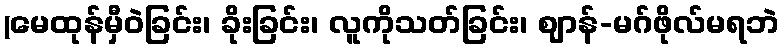
(မေထုန်မှီဝဲခြင်း၊ ခိုးခြင်း၊ လူကိုသတ်ခြင်း၊ ဈာန်-မဂ်ဖိုလ်မရဘဲ